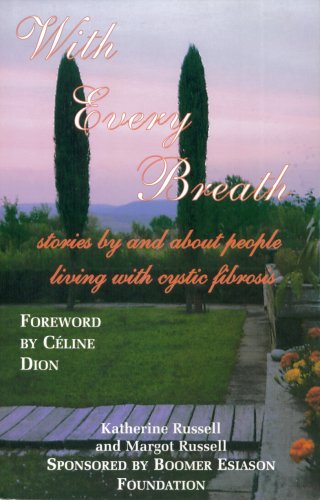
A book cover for With Every Breath: stories by and about people living with cystic fibrosis; Katherine Russell; Health, Fitness & Dieting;